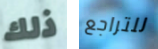
ذلك للتراجع